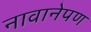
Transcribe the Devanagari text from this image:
नावानेपण